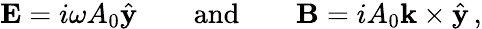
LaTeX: {\mathbf E}=i\omega A_{0}\hat{{\mathbf y}}\quad\quad\mathrm{and}\quad\quad{\mathbf B}=iA_{0}{\mathbf k}\times\hat{{\mathbf y}}\, ,